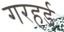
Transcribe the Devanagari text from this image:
गरहर्ड